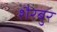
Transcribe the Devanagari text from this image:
शैरबुर